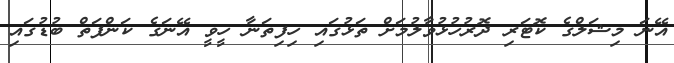
އޭނަ މިޝަލްގެ ކޮޓަރި ދޮރުހުޅުވާލުމަށް ތަޅުގައި ހިފިތަނާ ހީވީ އޭނަގެ ކަންފަތް ބުޑުގައި